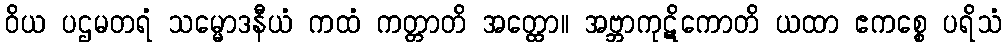
ဝိယ ပဌမတရံ သမ္မောဒနီယံ ကထံ ကတ္တာတိ အတ္ထော။ အဗ္ဘာကုဋိကောတိ ယထာ ဧကစ္စေ ပရိသံ